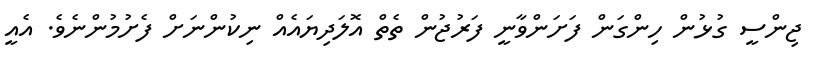
ޖިންސީ ގުޅުން ހިންގަން ފަށަންވާނީ ފަރުޖުން ތެތް އޮލަދިޔައެއް ނިކުންނަށް ފެށުމުންނެވެ. އެއީ